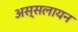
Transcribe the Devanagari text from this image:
अस्सलायन